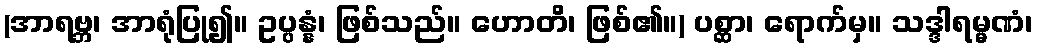
(အာရဗ္ဘ၊ အာရုံပြု၍။ ဥပ္ပန္နံ၊ ဖြစ်သည်။ ဟောတိ၊ ဖြစ်၏။) ပစ္ဆာ၊ ရောက်မှ။ သဒ္ဒါရမ္မဏံ၊